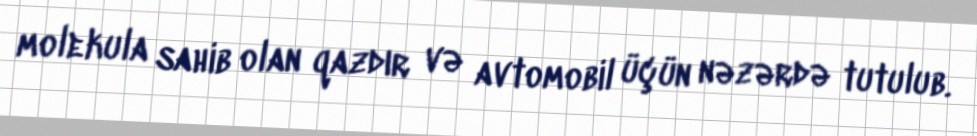
molekula sahib olan qazdır və avtomobil üçün nəzərdə tutulub.